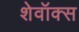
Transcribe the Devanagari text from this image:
शेवॉक्स